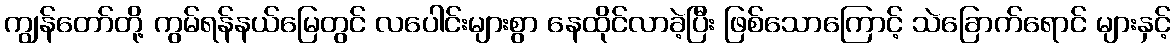
ကျွန်တော်တို့ ကွမ်ရန်နယ်မြေတွင် လပေါင်းများစွာ နေထိုင်လာခဲ့ပြီး ဖြစ်သောကြောင့် သဲခြောက်ရောင် များနှင့်